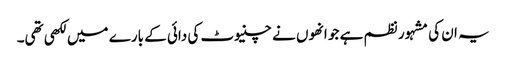
یہ ان کی مشہور نظم ہے جو انھوں نے چنیوٹ کی دائی کے بارے میں لکھی تھی۔